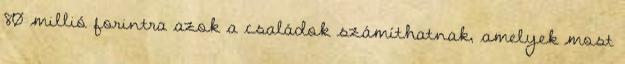
80 millió forintra azok a családok számíthatnak, amelyek most